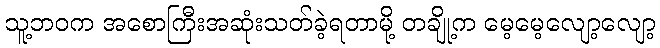
သူ့ဘဝက အစောကြီးအဆုံးသတ်ခဲ့ရတာမို့ တချို့က မေ့မေ့လျော့လျော့